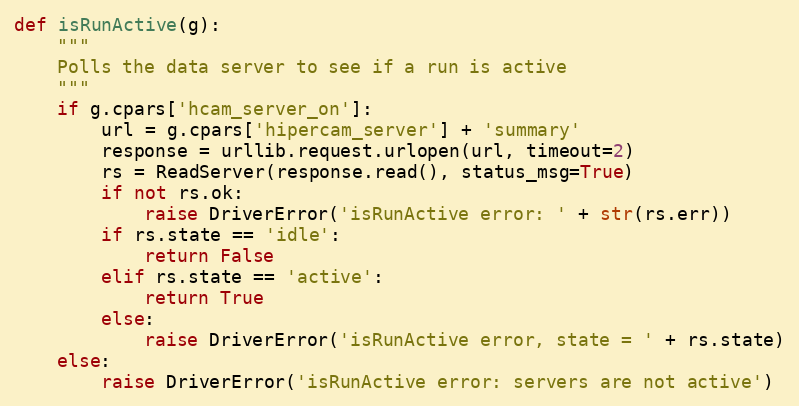
Language: Python
def isRunActive(g):
    """
    Polls the data server to see if a run is active
    """
    if g.cpars['hcam_server_on']:
        url = g.cpars['hipercam_server'] + 'summary'
        response = urllib.request.urlopen(url, timeout=2)
        rs = ReadServer(response.read(), status_msg=True)
        if not rs.ok:
            raise DriverError('isRunActive error: ' + str(rs.err))
        if rs.state == 'idle':
            return False
        elif rs.state == 'active':
            return True
        else:
            raise DriverError('isRunActive error, state = ' + rs.state)
    else:
        raise DriverError('isRunActive error: servers are not active')